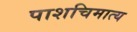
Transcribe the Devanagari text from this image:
पाशचिमात्य